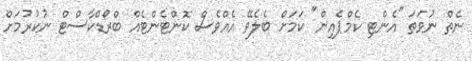
ނެތް ނުވަތަ "އެންޓި ކެމްޕެއިން" ކަމަށް ބެލެވޭ އެއްވެސް ކޮންޓެންޓެއް ބްރޯޑްކާސްޓް ނުކުރުމަށް